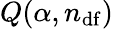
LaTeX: Q(\alpha,n_{\mathrm{df}})